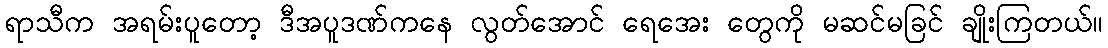
ရာသီက အရမ်းပူတော့ ဒီအပူဒဏ်ကနေ လွတ်အောင် ရေအေး တွေကို မဆင်မခြင် ချိုးကြတယ်။